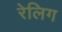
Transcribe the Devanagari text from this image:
रेलिग